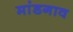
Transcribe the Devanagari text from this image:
मांडगाव